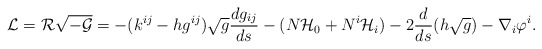
\begin{align*}{\cal L}={\cal R}\sqrt{{\cal-G}}= -(k^{ij}-hg^{ij})\sqrt{g}\frac{d g_{ij}}{ds}-(N {\cal H}_{0} + N^{i} {\cal H}_{i})- 2\frac{d}{ds}(h\sqrt{g})-\nabla_{i}\varphi^{i} .\end{align*}